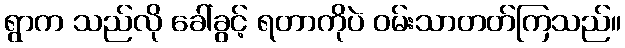
ရွာက သည်လို ခေါ်ခွင့် ရတာကိုပဲ ဝမ်းသာတတ်ကြသည်။